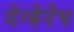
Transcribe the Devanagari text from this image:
मेग्बेनेथ